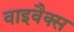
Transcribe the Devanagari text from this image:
वाइवैक्स